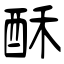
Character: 酥